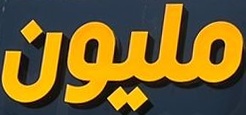
مليون